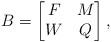
LaTeX: \begin{align*}B=\begin{bmatrix} F & M \\ W & Q\end{bmatrix},\end{align*}